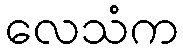
လေသံက